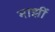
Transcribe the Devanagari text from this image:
माझीं